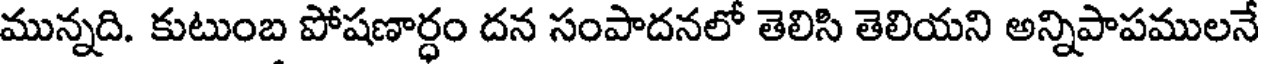
మున్నది. కుటుంబ పోషణార్ధం దన సంపాదనలో తెలిసి తెలియని అన్నిపాపములనే